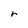
Character: r